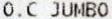
O.C JUMBO